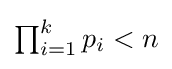
\textstyle \prod _{i=1}^{k}p_{i}<n